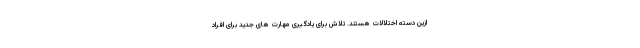
ازین دسته اختلالات هستند. تلاش برای یادگیری مهارت های جدید برای افراد